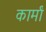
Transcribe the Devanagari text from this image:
कार्मां